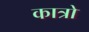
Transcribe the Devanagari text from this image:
कात्रो